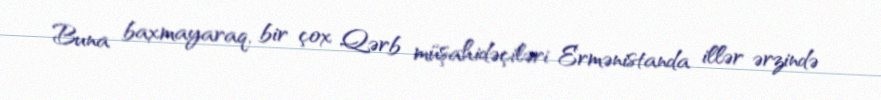
Buna baxmayaraq, bir çox Qərb müşahidəçiləri Ermənistanda illər ərzində